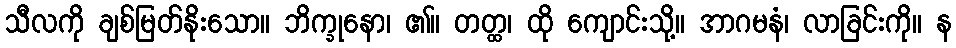
သီလကို ချစ်မြတ်နိုးသော။ ဘိက္ခုနော၊ ၏။ တတ္ထ၊ ထို ကျောင်းသို့။ အာဂမနံ၊ လာခြင်းကို။ န